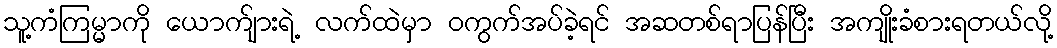
သူ့ကံကြမ္မာကို ယောက်ျားရဲ့ လက်ထဲမှာ ဝကွက်အပ်ခဲ့ရင် အဆတစ်ရာပြန်ပြီး အကျိုးခံစားရတယ်လို့